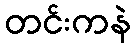
တင်းကနဲ